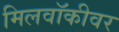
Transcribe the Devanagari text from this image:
मिलवॉकीवर